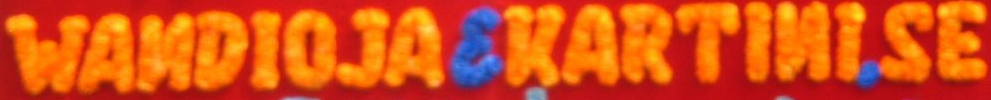
WANDIOJAEKARTINI,SE